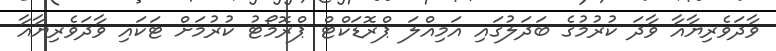
ވާދަވެރިޔާއާ ވާދަ ކުރުމުގެ ބަދަލުގައި އަމިއްލަ ޕްރޮޑަކްޓް ޕްރޮމޯޓު ކުރުމަށް ޓަކައި ވާދަވެރިޔާއާ